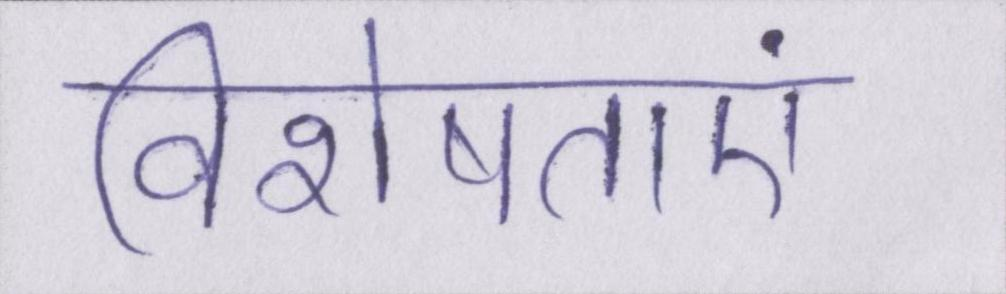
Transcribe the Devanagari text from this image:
विशेषताएं